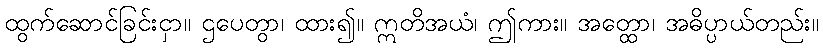
ထွက်ဆောင်ခြင်းငှာ။ ဌပေတွာ၊ ထား၍။ ဣတိအယံ၊ ဤကား။ အတ္ထော၊ အဓိပ္ပာယ်တည်း။